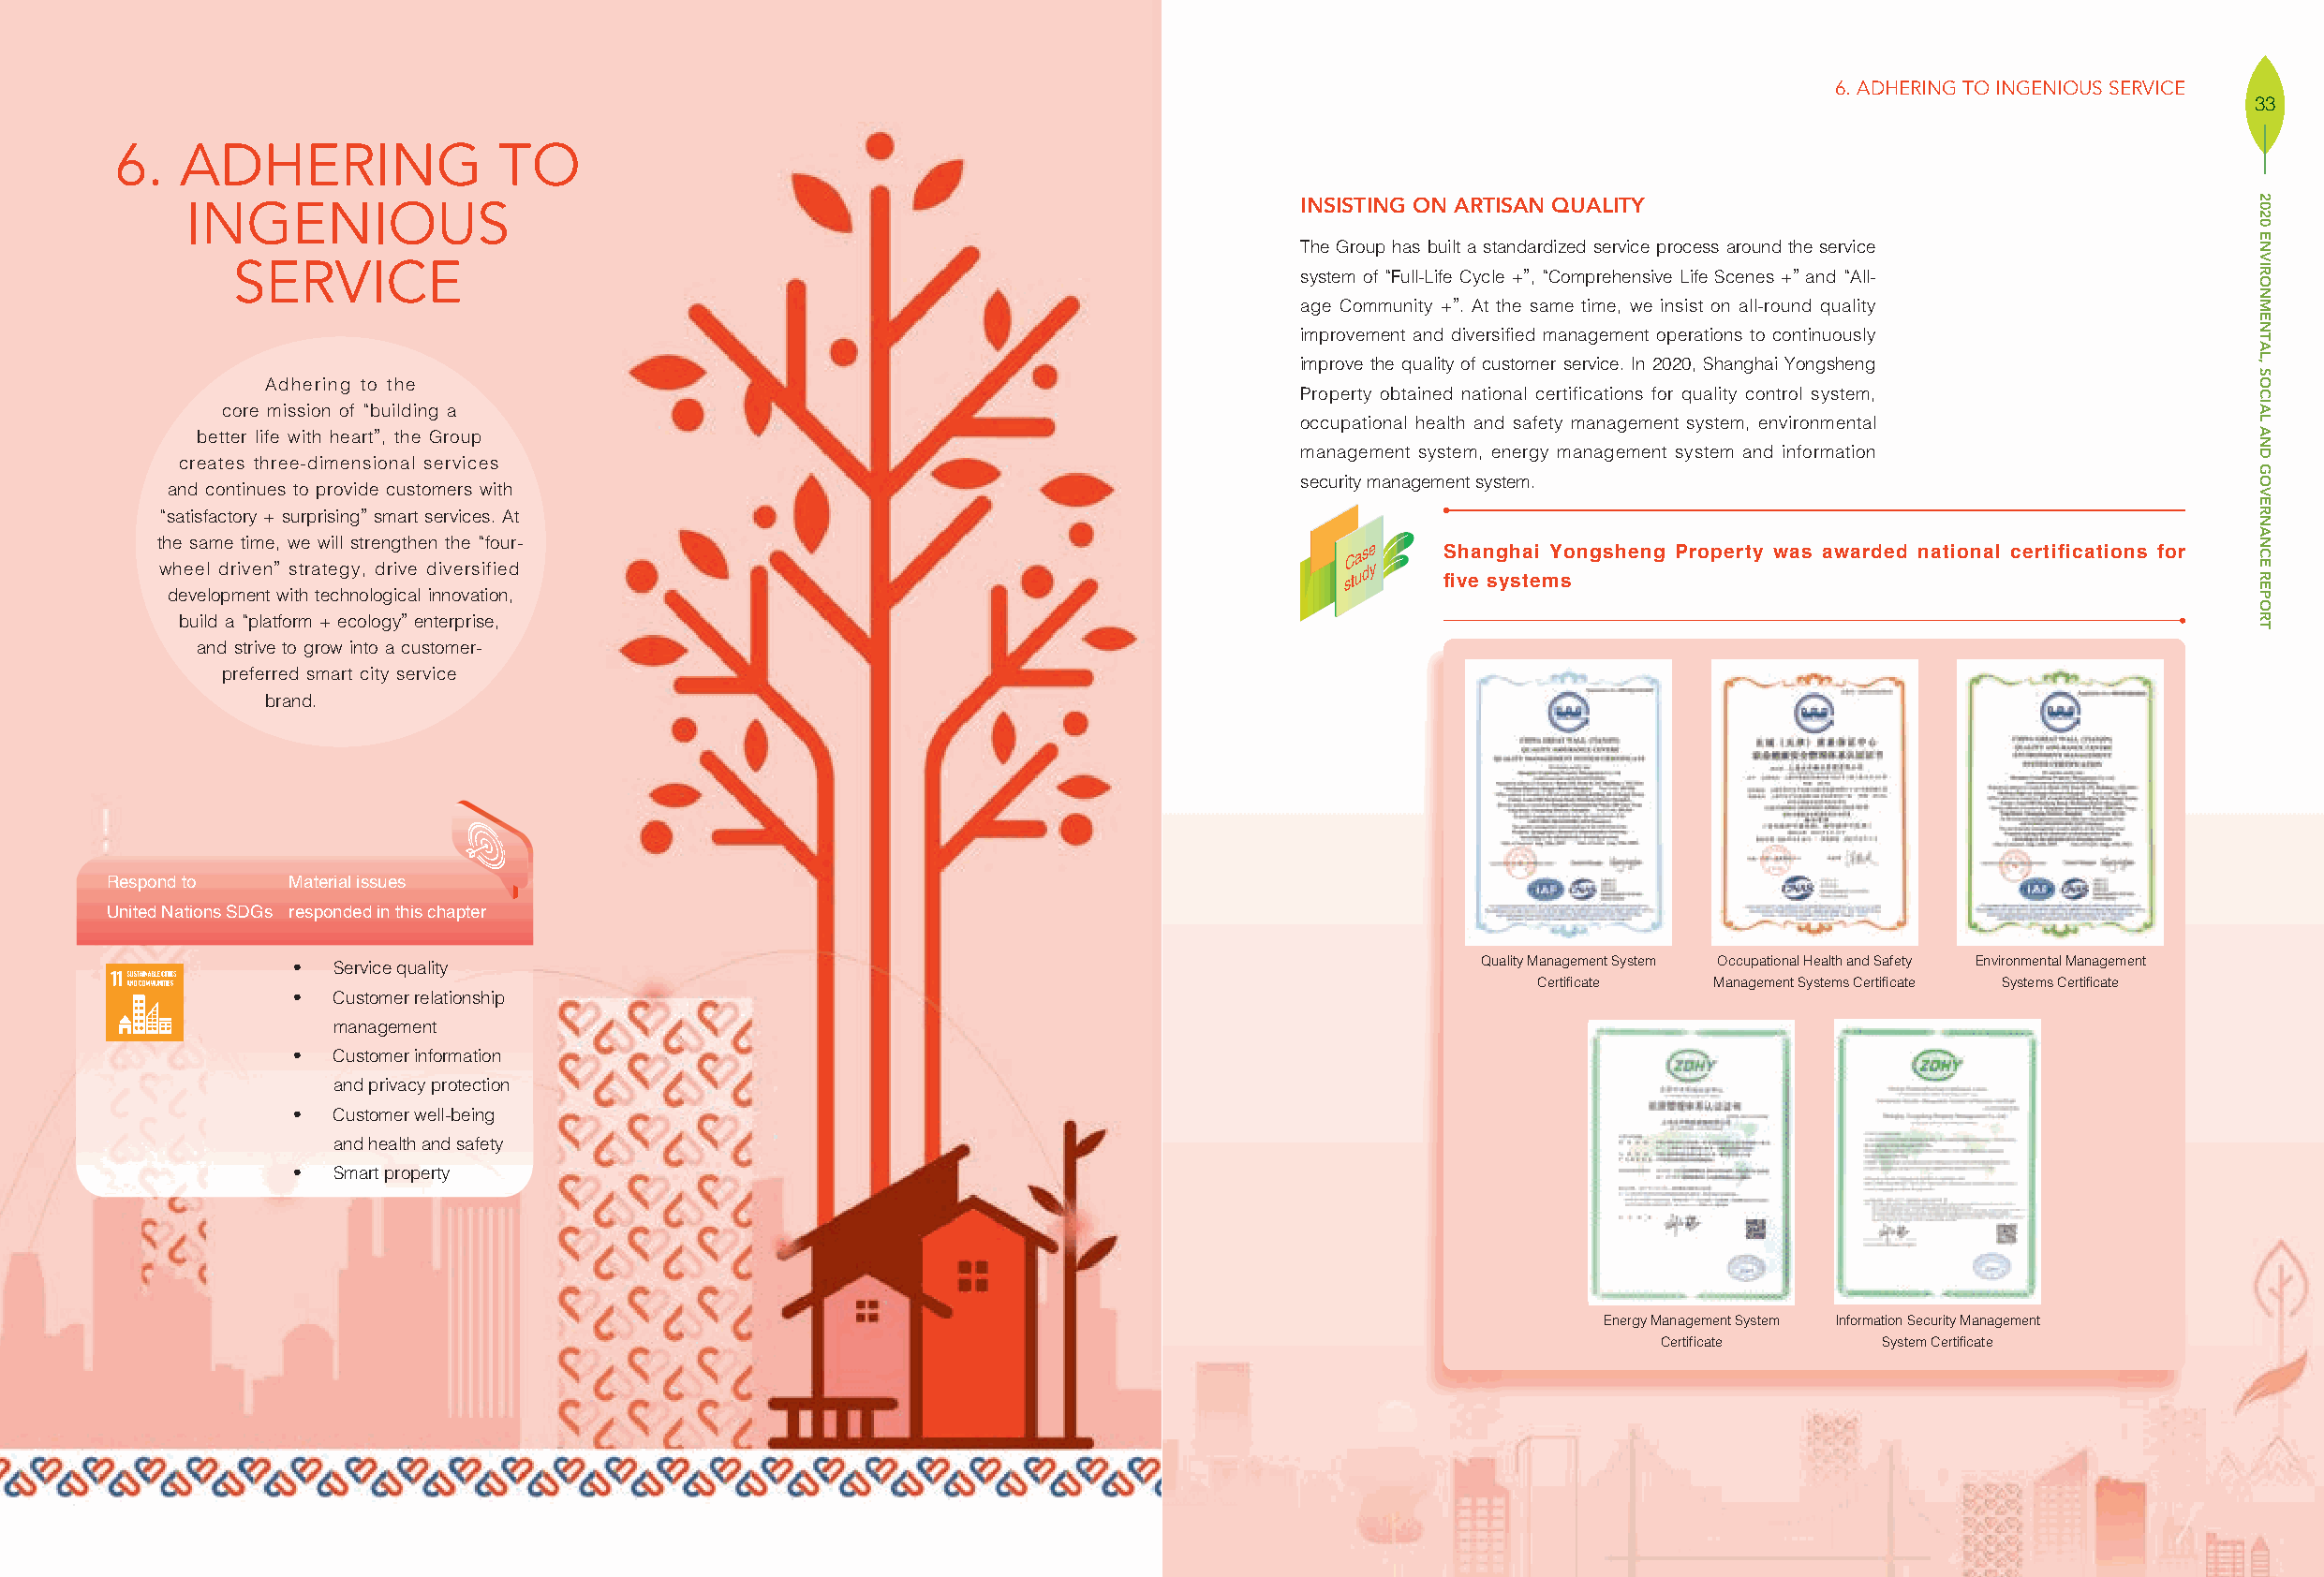
6. ADHERING TO INGENIOUS SERVICE
 33
 6.   ADHERING              TO
 INGENIOUS                                                                      INSISTING ON ARTISAN QUALITY
 The Group has built a standardized service process around the service
 SERVICE
 system of “Full-Life Cycle +”, “Comprehensive Life Scenes +” and “All-
 age Community +”. At the same time, we insist on all-round quality
 improvement and diversified management operations to continuously
 improve the quality of customer service. In 2020, Shanghai Yongsheng
 Adhering to the
 Property obtained national certifications for quality control system,
 core mission of “building a
 occupational health and safety management system, environmental
 better life with heart”, the Group
 management system, energy management system and information
 creates three-dimensional services
 security management system.
 and continues to provide customers with
 “satisfactory + surprising” smart services. At
 the same time, we will strengthen the “four-                                        Case   Shanghai Yongsheng Property was awarded national certifications for
 wheel driven” strategy, drive diversified                                           study
 five systems
 development with technological innovation,
 build a “platform + ecology” enterprise,
 and strive to grow into a customer-
 preferred smart city service
 brand.
 Respond to  Material issues
 United Nations SDGs responded in this chapter
 ‧   Service quality                                                                  Quality Management System Occupational Health and Safety Environmental Management
 Certificate Management Systems Certificate Systems Certificate
 ‧   Customer relationship
 management
 ‧   Customer information
 and privacy protection
 ‧   Customer well-being
 and health and safety
 ‧   Smart property
 Energy Management System Information Security Management
 Certificate     System Certificate
 2020
 ENVIRONMENTAL,
 SOCIAL
 AND
 GOVERNANCE
 REPORT